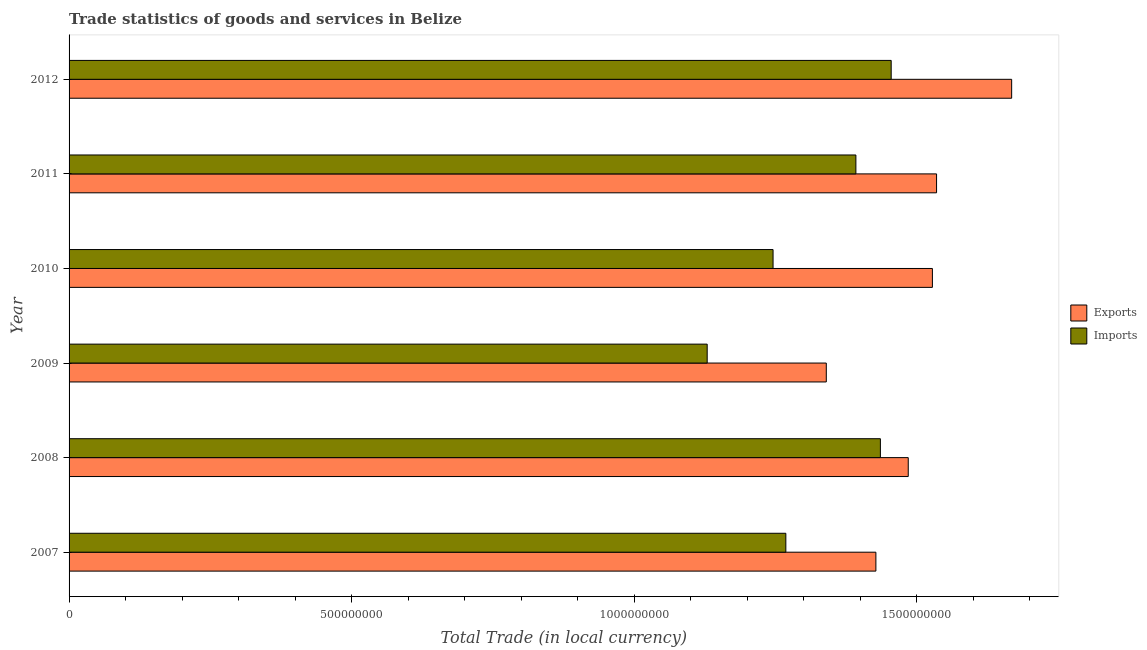
| Year | Exports | Imports |
 | --- | --- | --- |
 | 2007 | 1.43e+09 | 1.27e+09 |
 | 2008 | 1.48e+09 | 1.44e+09 |
 | 2009 | 1.34e+09 | 1.13e+09 |
 | 2010 | 1.53e+09 | 1.25e+09 |
 | 2011 | 1.53e+09 | 1.39e+09 |
 | 2012 | 1.67e+09 | 1.45e+09 |